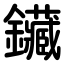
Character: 鑶